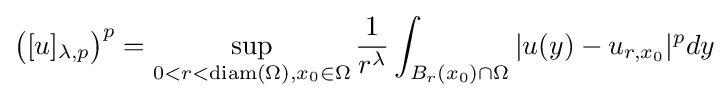
{\bigl (}[u]_{\lambda ,p}{\bigr )}^{p}=\sup _{0<r<\operatorname {diam} (\Omega ),x_{0}\in \Omega }{\frac {1}{r^{\lambda }}}\int _{B_{r}(x_{0})\cap \Omega }|u(y)-u_{r,x_{0}}|^{p}dy